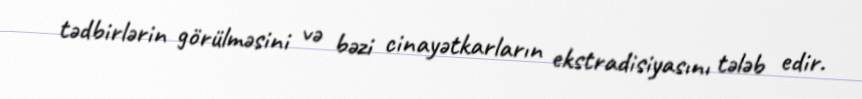
tədbirlərin görülməsini və bəzi cinayətkarların ekstradisiyasını tələb edir.